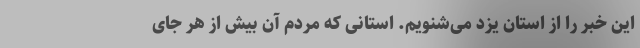
این خبر را از استان یزد می‌شنویم. استانی که مردم آن بیش از هر جای